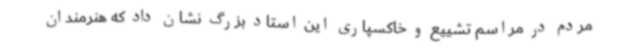
مردم در مراسم تشییع و خاکسپاری این استاد بزرگ نشان داد که هنرمندان